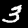
Label: 3